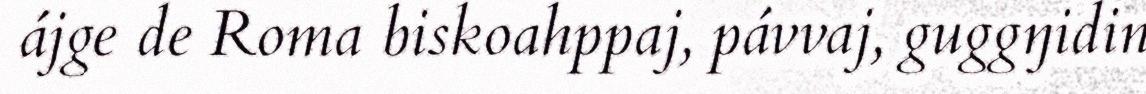
ájge de Roma biskoahppaj, pávvaj, guggŋidin